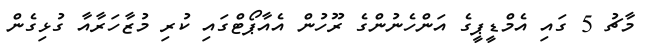
މާޗު 5 ގައި އެމްޑީޕީގެ އަންހެނުންގެ ރޫހުން އެއާޕޯޓްގައި ކުރި މުޒާހަރާއާ ގުޅިގެން